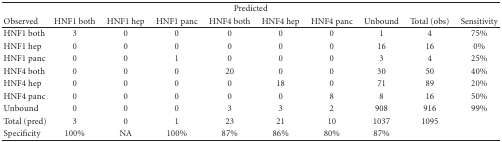
<table><thead><tr><td colspan="10"><b>Predicted</b></td></tr><tr><td><b>Observed</b></td><td><b>HNF1both</b></td><td><b>HNF1hep</b></td><td><b>HNF1panc</b></td><td><b>HNF4both</b></td><td><b>HNF4hep</b></td><td><b>HNF4panc</b></td><td><b>Unbound</b></td><td><b>Total(obs)</b></td><td><b>Sensitivity</b></td></tr></thead><tbody><tr><td>HNF1both</td><td>3</td><td>0</td><td>0</td><td>0</td><td>0</td><td>0</td><td>1</td><td>4</td><td>75%</td></tr><tr><td>HNF1hep</td><td>0</td><td>0</td><td>0</td><td>0</td><td>0</td><td>0</td><td>16</td><td>16</td><td>0%</td></tr><tr><td>HNF1panc</td><td>0</td><td>0</td><td>1</td><td>0</td><td>0</td><td>0</td><td>3</td><td>4</td><td>25%</td></tr><tr><td>HNF4both</td><td>0</td><td>0</td><td>0</td><td>20</td><td>0</td><td>0</td><td>30</td><td>50</td><td>40%</td></tr><tr><td>HNF4hep</td><td>0</td><td>0</td><td>0</td><td>0</td><td>18</td><td>0</td><td>71</td><td>89</td><td>20%</td></tr><tr><td>HNF4panc</td><td>0</td><td>0</td><td>0</td><td>0</td><td>0</td><td>8</td><td>8</td><td>16</td><td>50%</td></tr><tr><td>Unbound</td><td>0</td><td>0</td><td>0</td><td>3</td><td>3</td><td>2</td><td>908</td><td>916</td><td>99%</td></tr><tr><td>Total(pred)</td><td>3</td><td>0</td><td>1</td><td>23</td><td>21</td><td>10</td><td>1037</td><td>1095</td><td></td></tr><tr><td>Specificity</td><td>100%</td><td>NA</td><td>100%</td><td>87%</td><td>86%</td><td>80%</td><td>87%</td><td></td><td></td></tr></tbody></table>